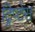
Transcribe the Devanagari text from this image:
ट्रिप्टेस